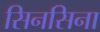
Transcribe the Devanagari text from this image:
सिनसिना